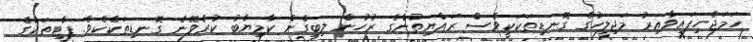
ހަމަޖެހިފައިވާއިރު މަޖިލީހުގެ ގޮނޑިތަކަކީވެސް ރައްޔިތުންގެ ރުހުން ލިބިގެން ކާމިޔާބު ކުރެވޭނެ ގޮނޑިތަކެކެވެ. ޕާޓީތަކުގެ